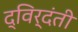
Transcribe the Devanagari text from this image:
द्विर्दंती